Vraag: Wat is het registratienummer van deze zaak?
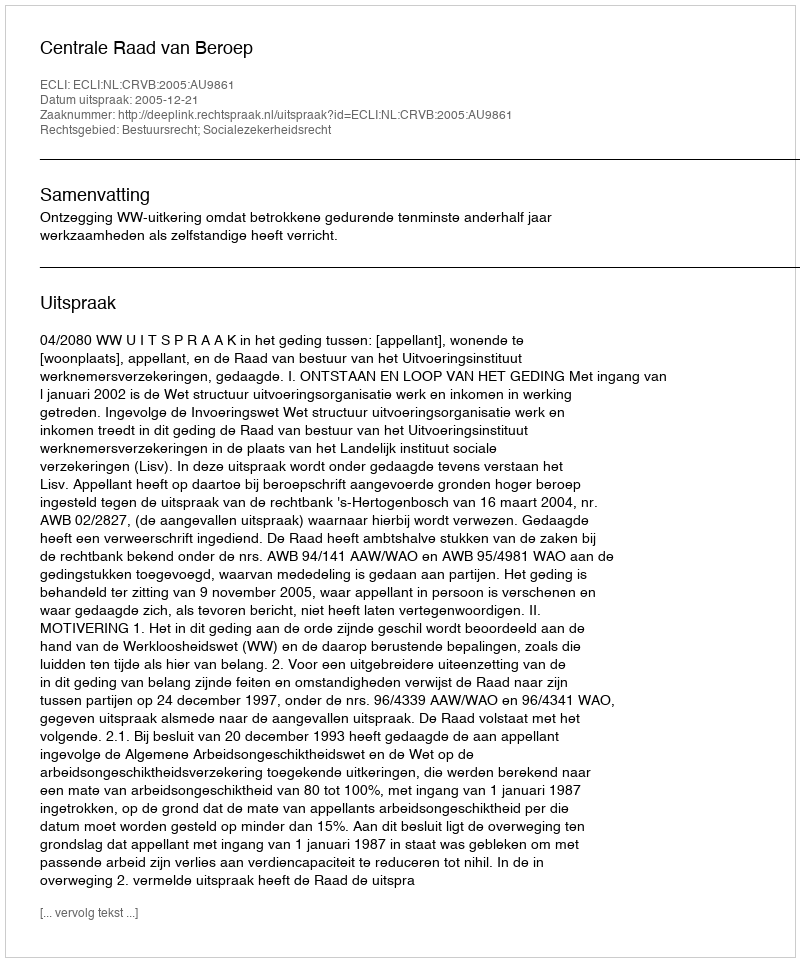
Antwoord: http://deeplink.rechtspraak.nl/uitspraak?id=ECLI:NL:CRVB:2005:AU9861